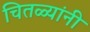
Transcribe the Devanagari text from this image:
चितळ्यांनी